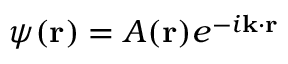
\psi ( \mathbf { r } ) = A ( \mathbf { r } ) e ^ { - i \mathbf { k } \cdot \mathbf { r } }